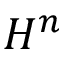
H ^ { n }